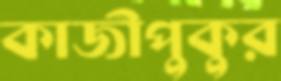
কাজীপুকুর